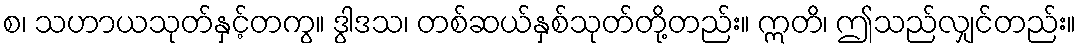
စ၊ သဟာယသုတ်နှင့်တကွ။ ဒွါဒသ၊ တစ်ဆယ်နှစ်သုတ်တို့တည်း။ ဣတိ၊ ဤသည်လျှင်တည်း။